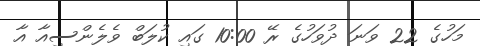
މަހުގެ 22 ވަނަ ދުވަހުގެ ރޭ 10:00 ގައި ކުލަބް ވެލެންސިއާ އާ